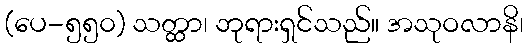
(ပေ-၅၅၀) သတ္ထာ၊ ဘုရားရှင်သည်။ အသုဝလာနိ၊